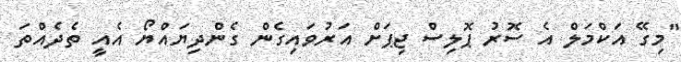
"މިގޭ އަކްމަލް އެ ސޮރު ޕޮލިސް ޖިޕަށް އަރުވައިގެން ގެންދިޔައްޔޯ އެއީ ތެދެއްތަ